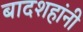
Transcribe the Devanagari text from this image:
बादशहांनी